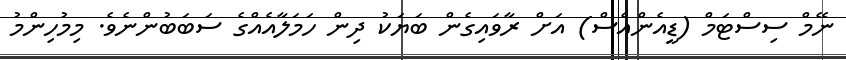
ނޭމް ސިސްޓަމް (ޑީއެންއެސް) އަށް ރާވައިގެން ބަޔަކު ދިން ހަމަލާއެއްގެ ސަބަބުންނެވެ. މިމުހިންމު